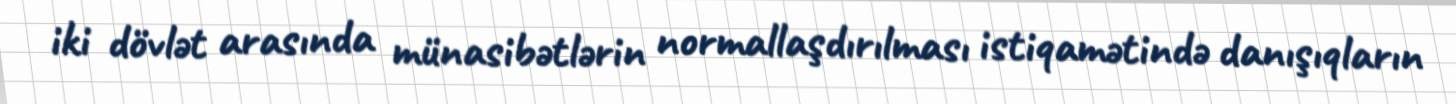
iki dövlət arasında münasibətlərin normallaşdırılması istiqamətində danışıqların